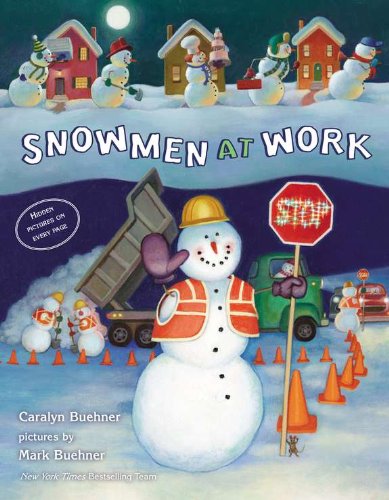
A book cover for Snowmen at Work; Caralyn Buehner; Children's Books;